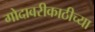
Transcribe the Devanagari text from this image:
गोदावरीकाठीच्या